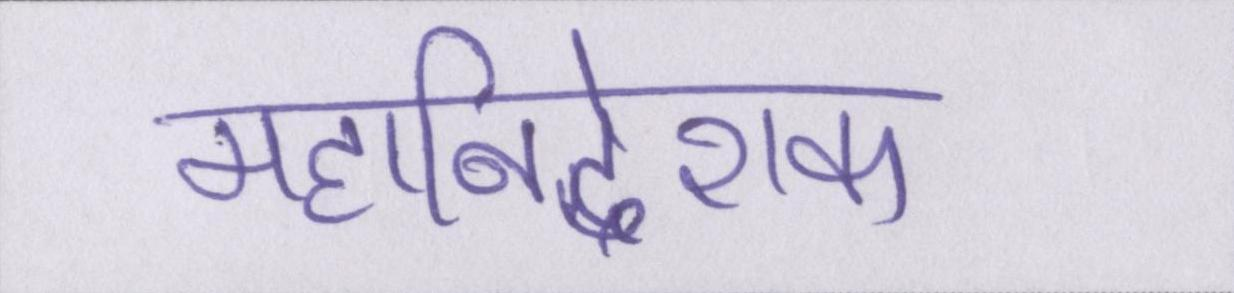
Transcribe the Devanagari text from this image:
महानिदेशक